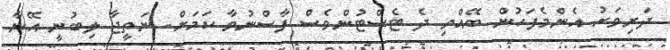
ދަރިވަރު އެންމެފަހުން ބޭއްވި ދެ ޓެސްޓުންވެސް ފާސްނުވާ ކަމަށް. ނަތީޖާ ލިބުނީ އޭނާ